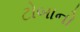
ટોબાનો